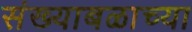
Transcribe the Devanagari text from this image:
संख्याबळाच्या